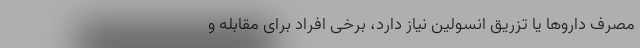
مصرف داروها یا تزریق انسولین نیاز دارد، برخی افراد برای مقابله و